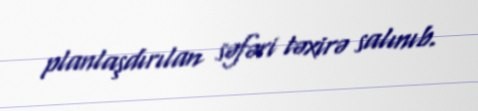
planlaşdırılan səfəri təxirə salınıb.